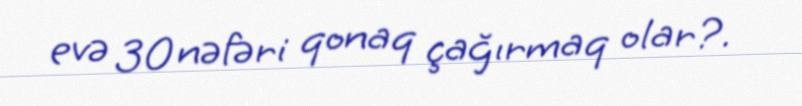
evə 30 nəfəri qonaq çağırmaq olar?.